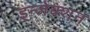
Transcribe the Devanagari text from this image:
इन्‍जेक्‍शन